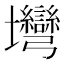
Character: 壪